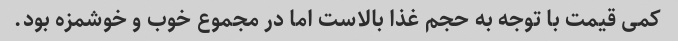
کمی قیمت با توجه به حجم غذا بالاست اما در مجموع خوب و خوشمزه بود.